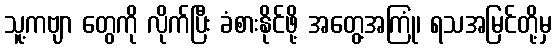
သူ့ကဗျာ တွေကို လိုက်ပြီး ခံစားနိုင်ဖို့ အတွေ့အကြုံ၊ ရသအမြင်တို့မှ